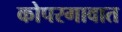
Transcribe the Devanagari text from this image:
कोपरगावात